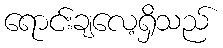
ရောင်းချလေ့ရှိသည်